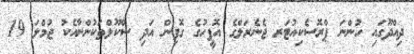
ދިއްދޫގައި ހުންނަ ޕްރޮސެކިއުޓަރ ޖެނެރަލްގެ އޮފީހުގެ ގޮފިން އަދި ސްކޫލްތަކުންނާއެކު ޖުމްލަ 19